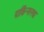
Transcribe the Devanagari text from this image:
पार्किन्सनचा